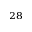
^ { 2 8 }